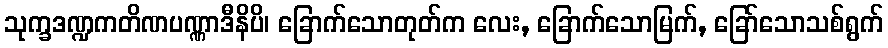
သုက္ခဒဏ္ဍကတိဏပဏ္ဏာဒီနိပိ၊ ခြောက်သောတုတ်က လေး, ခြောက်သောမြက်, ခြော်သောသစ်ရွက်